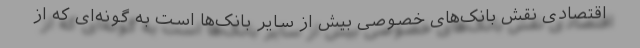
اقتصادی نقش بانک‌های خصوصی بیش از سایر بانک‌ها است به گونه‌ای که از